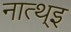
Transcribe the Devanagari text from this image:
नात्थ्इ